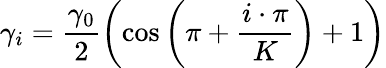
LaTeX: \gamma_{i}=\frac{\gamma_{0}}{2}\left(\cos\left(\pi+\frac{i\cdot\pi}{K}\right)+1\right)